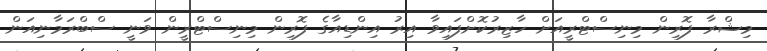
މިޝްރާ ފޮރިން މިނިސްޓްރީއަށް ހާޒިރުކޮށްފައިވާ އިރު އިންޑިއާގެ ފޮރިން މިނިސްޓްރީން ވަނީ ސްބްރަމާނިއަން